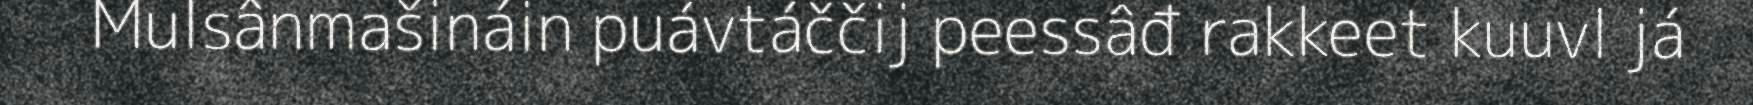
Mulsânmašináin puávtáččij peessâđ rakkeet kuuvl já